Observations on rabies - Number 36
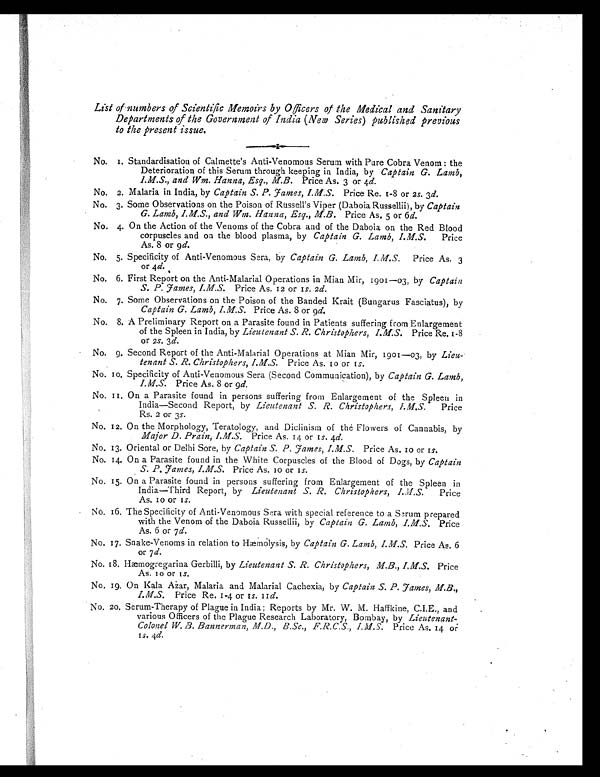
List of numbers of Scientific Memoirs by Officers of Medical and Sanitary
Departments of the Government of India (New Series) published previous
to the present issue.
N o . 1 . S t a n d a r d i s a t i o n o f C a l m e t t e ' s A n t i - V e n o m o u s S e r u m w i t h P u r e C o b r a V e n o m : t h e
Deterioration of this Serum through keeping in India, by Captain G. Lamb,
I.M.S., and Wm. Hanna, Esq., M.B. Price As. 3 or 4d.
No. 2. Malaria in India, by Captain S. P. James, I.M.S. Price Re. 1-8 or 2 s. 3d.
No. 3. Some Observations on the Poison of Russell's Viper (Daboia Russellii), by Captain
G. Lamb, I.M.S., and Wm. Hanna, Esq., M.B. Price As. 5 or 6d.
No. 4. On the Action of the Venoms of the Cobra and of the Daboia on the Red Blood
corpuscles and on the blood plasma, by Captain G. Lamb, I.M.S.P r i c e
As. 8 or 9d.
No. 5. Specificity of Anti-Venomous Sera, by Captain G. Lamb, I.M.S. Price As. 3
or 4d.
No. 6. First Report on the Anti-Malarial Operations in Mian Mir, 1901-03, by Captain
S. P. James, I.M.S. Price As. 12 or 1s. 2d.
No. 7. Some Observations on the Poison of the Banded Krait (Bungarus Fasciatus), by
Captain G. Lamb, I.M.S. Price As. 8 or 9d.
No. 8. A Preliminary Report on a Parasite found in Patients suffering from Enlargement
of the Spleen in India, by Lieutenant S. R. Christophers, I.M.S.P r i c e R e . 1 - 8
or 2s. 3d.
No. 9. Second Report of the Anti-Malarial Operations at Mian Mir, 1901-03, by Lieu-
tenant S. R. Christophers, I.M.S. Price As. 10 or 1s.
No. 10. Specificity of Anti-Venomous Sera (Second Communication), by Captain G. Lamb, I.M.S.
Price As. 8 or 9d.
No. 11. On a Parasite found in persons suffering from Enlargement of the Spleen in
India-Second Report, by Lieutenant S. R. Christophers, I.M.S. Price
Rs. 2 or 3s.
No. 12. On the Morphology, Teratology, and Diclinisin of the Flowers of Cannabis, by
Major D. Prain, I.M.S. Price As. 14 or 1s. 4d.
No. 13. Oriental or Delhi Sore, by Captain S. P. James, I.M.S. Price As. 10 or 1s.
No. 14. On a Parasite found in the White Corpuscles of the Blood of Dogs, by Captain
S. P. James, I.M.S. Price As. 10 or 1s.
No. 15. On a Parasite found in persons suffering from Enlargement of the Spleen in
India-Third Report, by Lieutenant S. R. Christophers, I. M.S. Price
As. 10 or 1s .
No. 16. The Specificity of Anti-Venomous Sera with special reference to a Serum prepared
with the Venom of the Daboia Russellii, by Captain G. Lamb, I.M.S. Price
As. 6 or 7 d.
No. 17. Snake-Venoms in relation to Hæmolysis, by Captain G. Lamb, I.M.S. Price As. 6
or 7 d.
No. 18. Hæmogregarina Gerbilli, by Lieutenant S. R. Christophers, M.B., I.M.S. Price
As. 10 or 1s.
No. 19. On Kala Ażar, Malaria and Malarial Cachexia, by Captain S. P. James, M.B.,
I.M.S. Price Re. 1-4 or 1s. 1 1d.
No. 20. Serum-Therapy of Plague in India; Reports by Mr. W. M. Haffkine, C.I.E., and
various Officers of the Plague Research Laboratory, Bombay, by Lieutenant-
Colonel W. B. Bannerman, M.D., B.Sc., F.R.C.S., I.M.S. Price As. 14 or
1
s .
4
d .